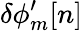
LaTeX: \delta\phi_{m}^{\prime}[n]